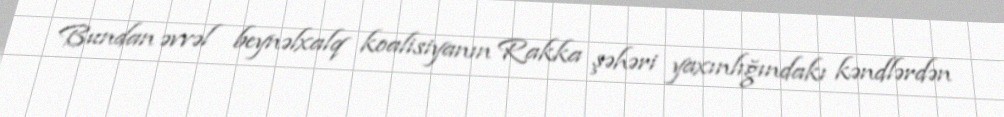
Bundan əvvəl beynəlxalq koalisiyanın Rakka şəhəri yaxınlığındakı kəndlərdən